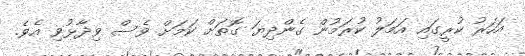
އަހަރު ކުރީގައި އަމަލު ކުރަމުން ގެންދިޔަ ގޮތަށް ކަމަށް ވެސް ވިދާޅުވި އެވެ.